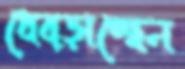
ধেব্‌ড়াচ্ছেন